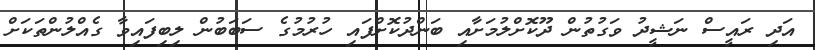
އަދި ރައީސް ނަޝީދު ވަގުތުން ދޫކޮށްލުމަށާއި ބަންދުކޮށްފައި ހުރުމުގެ ސަބަބުން ލިބިފައިވާ ގެއްލުންތަކަށް